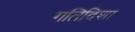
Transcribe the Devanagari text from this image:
गतिदिशा